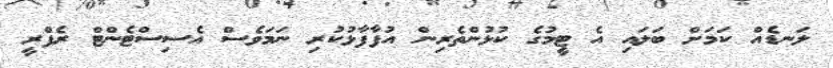
ލަނޑެއް ކަމަށް ބަލައި އެ ޓީމުގެ ކުޅުންތެރިން އުފާފާޅުކުރި ނަމަވެސް އެސިސްޓެންޓް ރެފްރީ